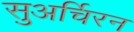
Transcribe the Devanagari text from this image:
सुअर्चिरन